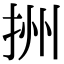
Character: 𢫧